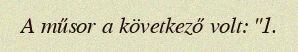
A műsor a következő volt: "1.